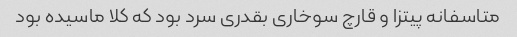
متاسفانه پیتزا و قارچ سوخاری بقدری سرد بود که کلا ماسیده بود